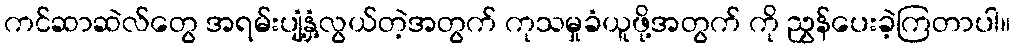
ကင်ဆာဆဲလ်တွေ အရမ်းပျံ့နှံ့လွယ်တဲ့အတွက် ကုသမှုခံယူဖို့အတွက် ကို ညွှန်ပေးခဲ့ကြတာပါ။